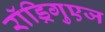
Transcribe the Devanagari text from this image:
राॅड्रिगुएज